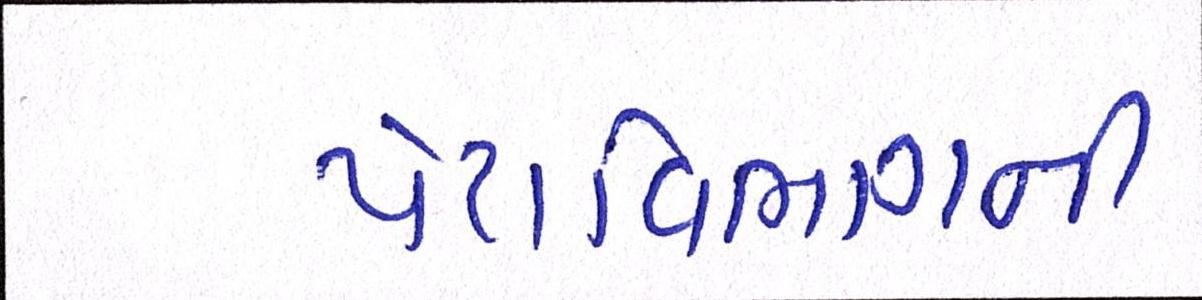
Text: પેટાવિભાગની